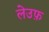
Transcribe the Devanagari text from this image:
लेउफ़